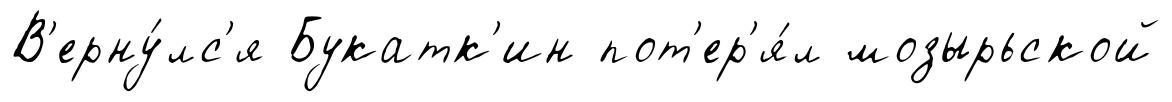
В'ерну́лс'я Букатк'ин пот'ер'я́л мозырьской